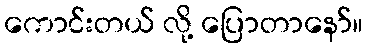
ကောင်းတယ် လို့ ပြောတာနော်။